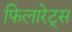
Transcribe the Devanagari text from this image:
फिलारेट्स